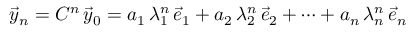
{ \vec { y } } _ { n } = C ^ { n } \, { \vec { y } } _ { 0 } = a _ { 1 } \, \lambda _ { 1 } ^ { n } \, { \vec { e } } _ { 1 } + a _ { 2 } \, \lambda _ { 2 } ^ { n } \, { \vec { e } } _ { 2 } + \cdots + a _ { n } \, \lambda _ { n } ^ { n } \, { \vec { e } } _ { n }